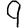
Digit: 9